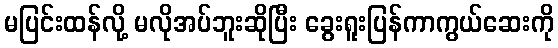
မပြင်းထန်လို့ မလိုအပ်ဘူးဆိုပြီး ခွေးရူးပြန်ကာကွယ်ဆေးကို